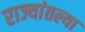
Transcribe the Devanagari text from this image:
राज्यांतल्या